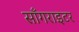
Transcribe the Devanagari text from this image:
साँगराइटर